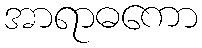
အာရာဓကော